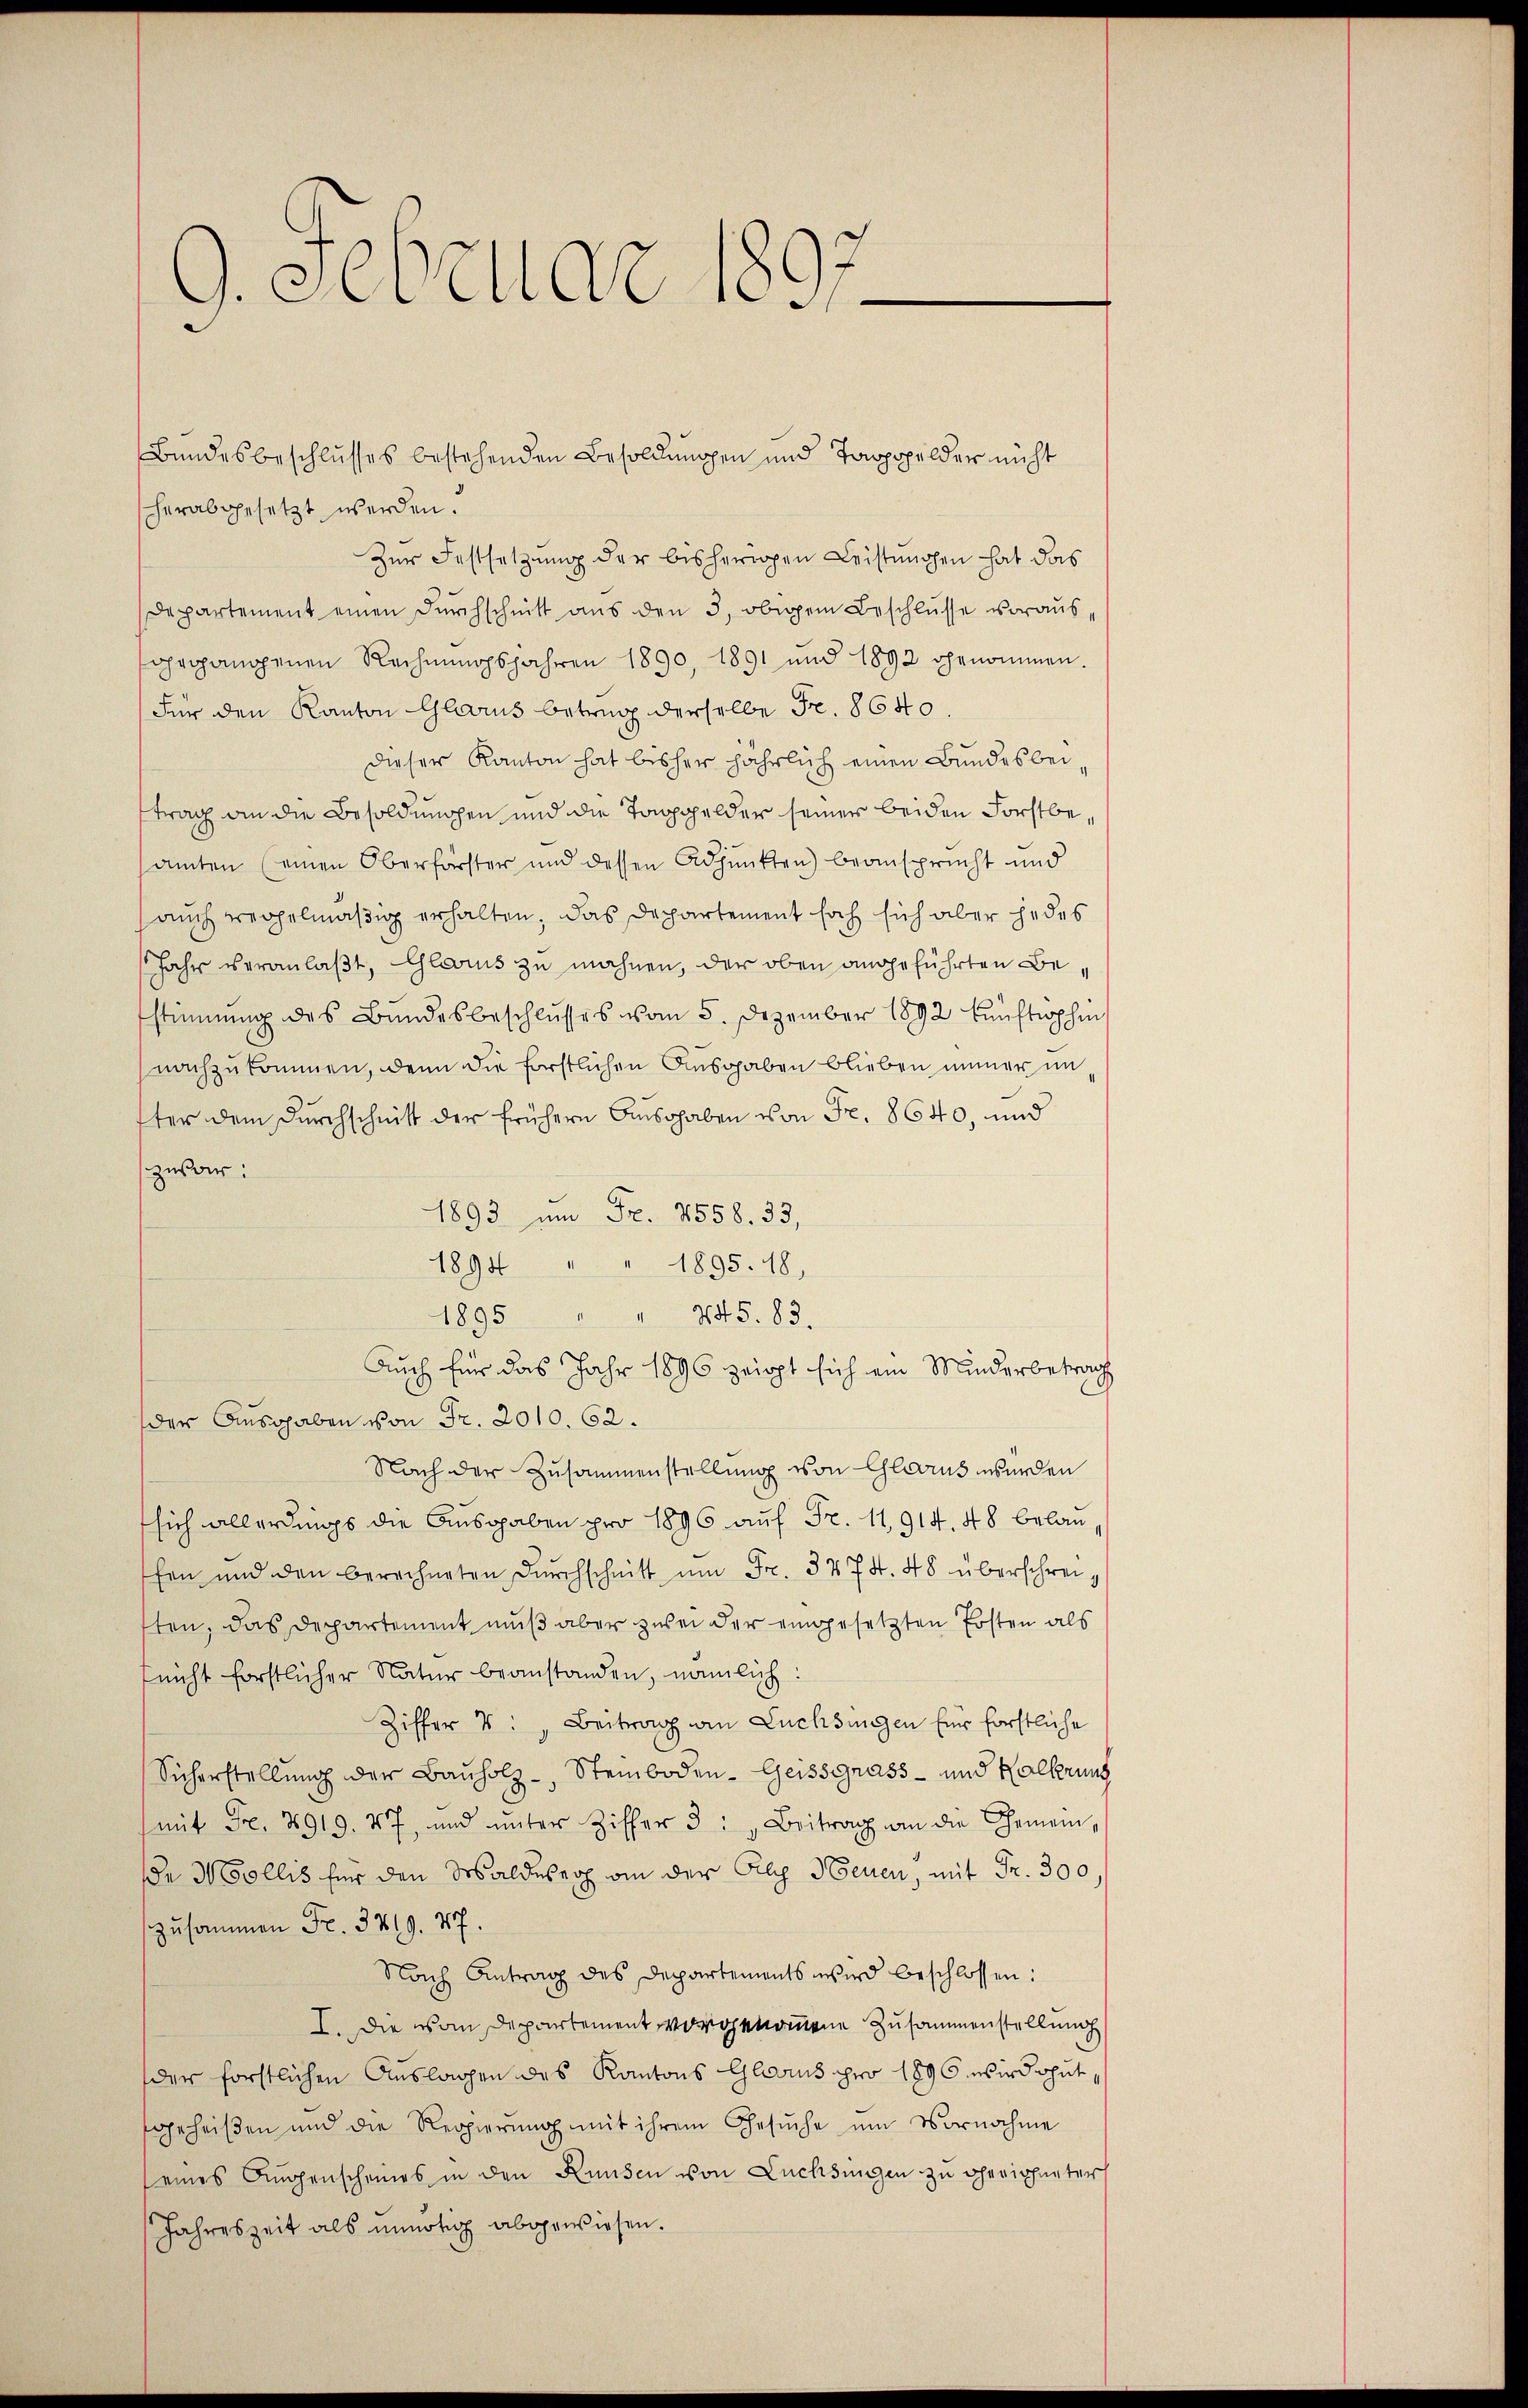
G. Gesellar u.

herabgesetzt werden.
Zur Festsetzung der bisherigen Leistungen hat das
Departement einen Durchschnitt aus den 3, obigem Beschlusse vorausohrgangenen Rechnungsjahren 1890, 1891 und 1892 genommen.
Für den Kanton Glarus betrug derselbe Fr. 8640
dieser Kanton hat bisher jährlich einen Bundesbeitrag an die Besoldungen und die Taggelder seiner beiden Forstbesamten (einen Oberförster und dessen Adjunkten) beansprucht und
auch regelmäßig erhalten, das Departement hoch sich aber jedes
Jahr veranlaßt, Glarus zu mahnen, der oben angeführten Bestimmung des Bundesbeschlŭsses vom 5. Dezember 1892 kŭnftophin
nachzukommen, denn die forstlichen Ausgaben blieben immer im
ster dem Durchschnitt der frühern Ausgaben von Fr. 8640, und
zuar:
1893 um Fr. 7558. 33,
1894
1895. 18,
1895
445. 83.
Auch für das Jahr 1896 zeigt sich ein Minderbetrag
der Ausgaben von Fr. 2010. 62.
Nach der Zusammenstellung von Glarus werden
sich allerdings die Ausgaben pro 1896 auf Fr. 11,914. 48 belanhen und den berechneten Dŭrchschnitt ŭm Fr. 3874. 48 überschreisten, das Departement muß aber zwei der eingesetzten Posten als
nicht forstlicher Natur beanstanden, nämlich:
Ziffer 4: „Beitrag an Lüchsingen für forstliche
Sicherstellung der Bauholz, Steinboden- Geissgrass- und Kalkerung
(mit Fr. 8919. 47, und ŭnter Ziffer 3 : „Beitrag an die Gemein-
e Mollis für den Waldeser ain der Gras Neuen, mit Fr. 300,
zusammen Fr. 3219. 87.
Nach Antrag des Departements wird beschlossen:
I. Die von Departement vorgenommene Zusammenstellung
der forstlichen Auslagen des Kantons Glarus pro 1896 wird ohutgeheißen und die Regierŭng mit ihrem Gesŭche um Vornahme
(eines Augenscheines in den Runsen von Lüchsingen zu Gerichneter
Jahreszeit als unnötig abgewiesen.

Bundesbeschlusses bestehenden Besoldungen und Tappopelder nicht